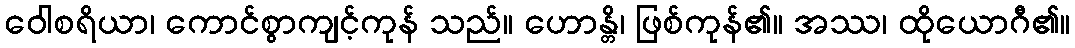
ဝေါစရိယာ၊ ကောင်စွာကျင့်ကုန် သည်။ ဟောန္တိ၊ ဖြစ်ကုန်၏။ အဿ၊ ထိုယောဂီ၏။